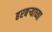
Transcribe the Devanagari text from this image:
हरबऱ्याच्या